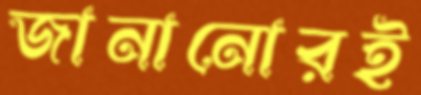
জানানোরই